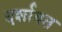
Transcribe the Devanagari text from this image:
दर्शावत